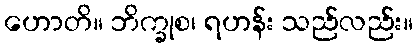
ဟောတိ။ ဘိက္ခုစ၊ ရဟန်း သည်လည်း။